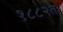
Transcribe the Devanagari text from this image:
१८८२त